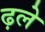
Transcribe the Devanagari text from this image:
ढ़ले